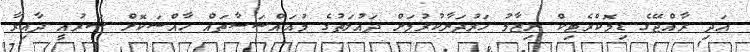
އަދި ރާއްޖޭގެ ޑިމޮކްރެޓިކް ނިޒާމު ހަރުދަނާކުރުމަށް ދައުލަތުގެ މުއައްސަސާތައް ހާއްސަކޮށް ޝަރުއީ ދާއިރާ